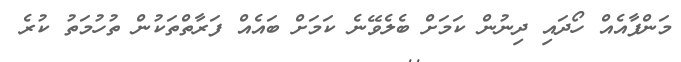
މަންފާއެއް ހޯދައި ދިނުން ކަމަށް ބެލެވޭނެ ކަމަށް ބައެއް ފަރާތްތަކުން ތުހުމަތު ކުރެ